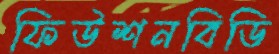
ফিউশনবিডি